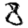
Digit: 8